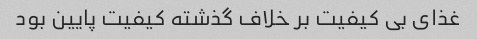
غذای بی کیفیت بر خلاف گذشته کیفیت پایین بود